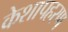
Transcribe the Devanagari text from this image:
केशापहरण